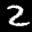
Label: 2